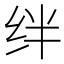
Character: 绊